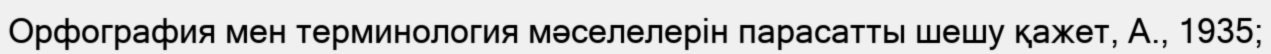
Орфография мен терминология мәселелерін парасатты шешу қажет, А., 1935;